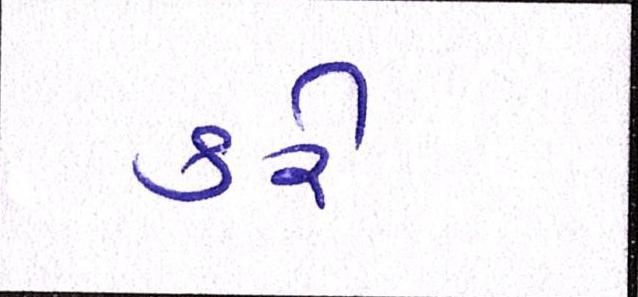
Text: કરેઃ